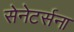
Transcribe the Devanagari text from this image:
सेनेटर्सना